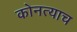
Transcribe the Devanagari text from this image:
कोनत्याच